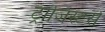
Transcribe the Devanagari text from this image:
ट्रांजिस्टर्स